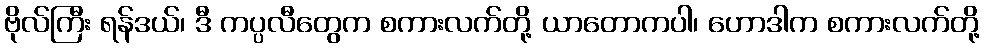
ဗိုလ်ကြီး ရန်ဒယ်၊ ဒီ ကပ္ပလီတွေက စကားလက်တို့ ယာတောကပါ၊ ဟောဒါက စကားလက်တို့